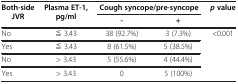
| <ROWSPAN=2> Both-side JVR | <ROWSPAN=2> Plasma ET-1, pg/ml | <COLSPAN=2> Cough syncope/pre-syncope | pvalue |
 | - | + |  |
 | --- | --- | --- | --- | --- |
 | No | ≦ 3.43 | 38 (92.7%) | 3 (7.3%) | <ROWSPAN=3> <0.001 |
 | Yes | ≦ 3.43 | 8 (61.5%) | 5 (38.5%) |
 | No | > 3.43 | 5 (55.6%) | 4 (44.4%) |
 | Yes | > 3.43 | 0 | 5 (100%) |  |